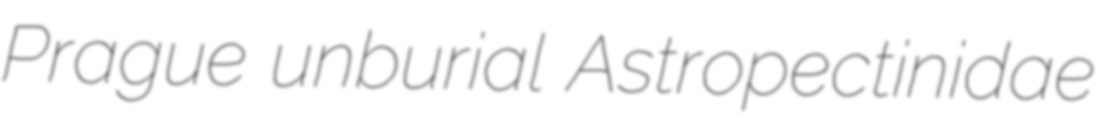
Prague unburial Astropectinidae